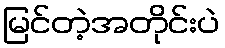
မြင်တဲ့အတိုင်းပဲ